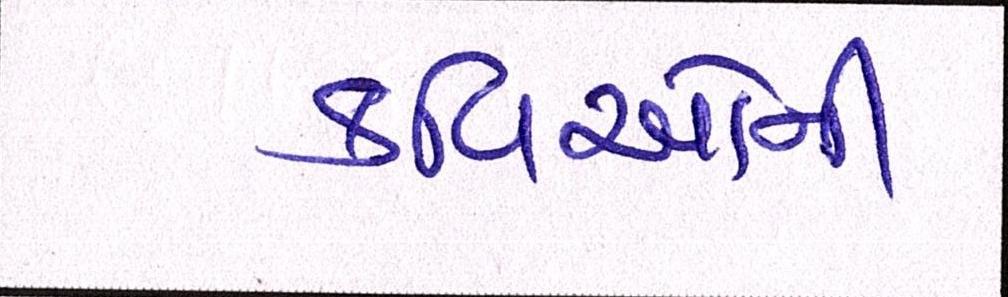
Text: કવિઓની